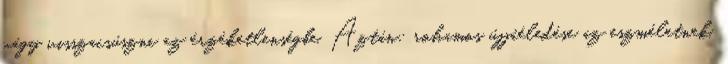
vágy visszacsúszni az érzéketlenségbe. Aztán: rohamos újjáéledése az eszméletnek,